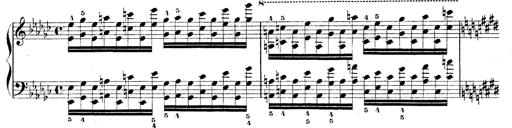
Title: Technische Studien
Composer: Franz Liszt